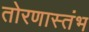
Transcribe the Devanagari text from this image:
तोरणास्तंभ